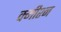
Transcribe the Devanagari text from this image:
क्मीश्न